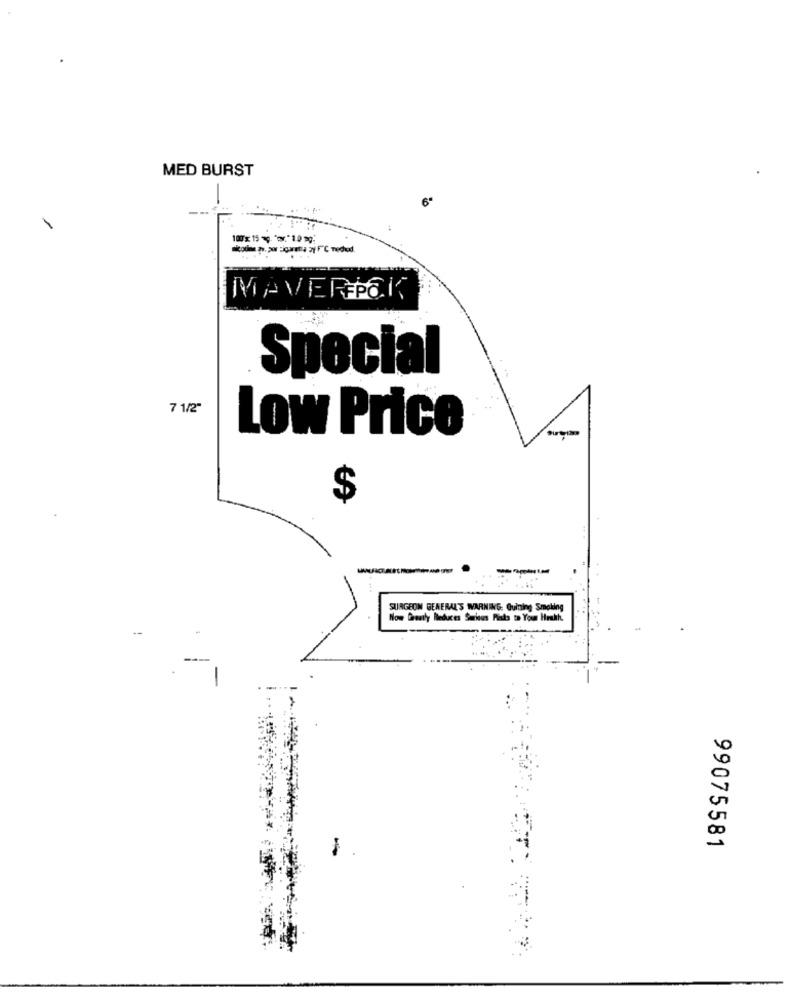
MED BURST
6.
100x:15 . "or. * 10 99:
---- ama zi F"℃ neded.
MAVERICK
Special
7 1/2
Low Price
$
SURGEON GENERAL'S WARNING: Guining Smoking
Now Greatly Reduces Surious Pinta ta You Howth.
99075581